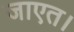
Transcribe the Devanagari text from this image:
जाएत।